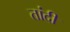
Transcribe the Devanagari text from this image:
तांदी